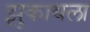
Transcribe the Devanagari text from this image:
झुकायला